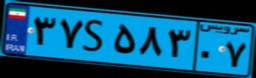
۳۷S۵۸۳۰۷